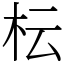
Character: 枟